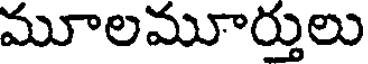
మూలమూర్తులు